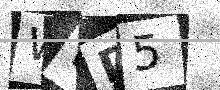
Text: WWD5